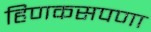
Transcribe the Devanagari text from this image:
हिणकसपणा